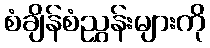
စံချိန်စံညွှန်းများကို